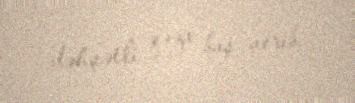
dəhşətli qəza baş verib.